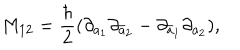
M _ { 1 2 } = \frac { \hbar } { 2 } ( \partial _ { a _ { 1 } } \partial _ { \bar { a } _ { 2 } } - \partial _ { \bar { a } _ { 1 } } \partial _ { a _ { 2 } } ) ,